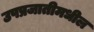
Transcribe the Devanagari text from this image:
उपप्रजातीमधील